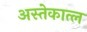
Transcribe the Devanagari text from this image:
अस्तेकात्ल